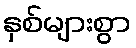
နှစ်များစွာ